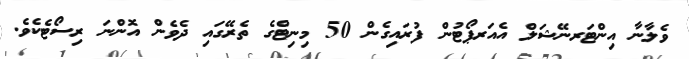
ވެލާނާ އިންޓަރނޭޝަލް އެއަރޕޯޓުން ފުރައިގެން 50 މިނިޓްގެ ތެރޭގައި ދެވެން އޮންނަ ރިސޯޓެކެވެ.